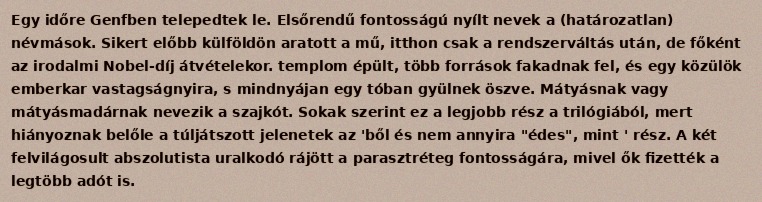
Egy időre Genfben telepedtek le. Elsőrendű fontosságú nyílt nevek a (határozatlan) névmások. Sikert előbb külföldön aratott a mű, itthon csak a rendszerváltás után, de főként az irodalmi Nobel-díj átvételekor. templom épült, több források fakadnak fel, és egy közülök emberkar vastagságnyira, s mindnyájan egy tóban gyülnek öszve. Mátyásnak vagy mátyásmadárnak nevezik a szajkót. Sokak szerint ez a legjobb rész a trilógiából, mert hiányoznak belőle a túljátszott jelenetek az 'ből és nem annyira "édes", mint ' rész. A két felvilágosult abszolutista uralkodó rájött a parasztréteg fontosságára, mivel ők fizették a legtöbb adót is.